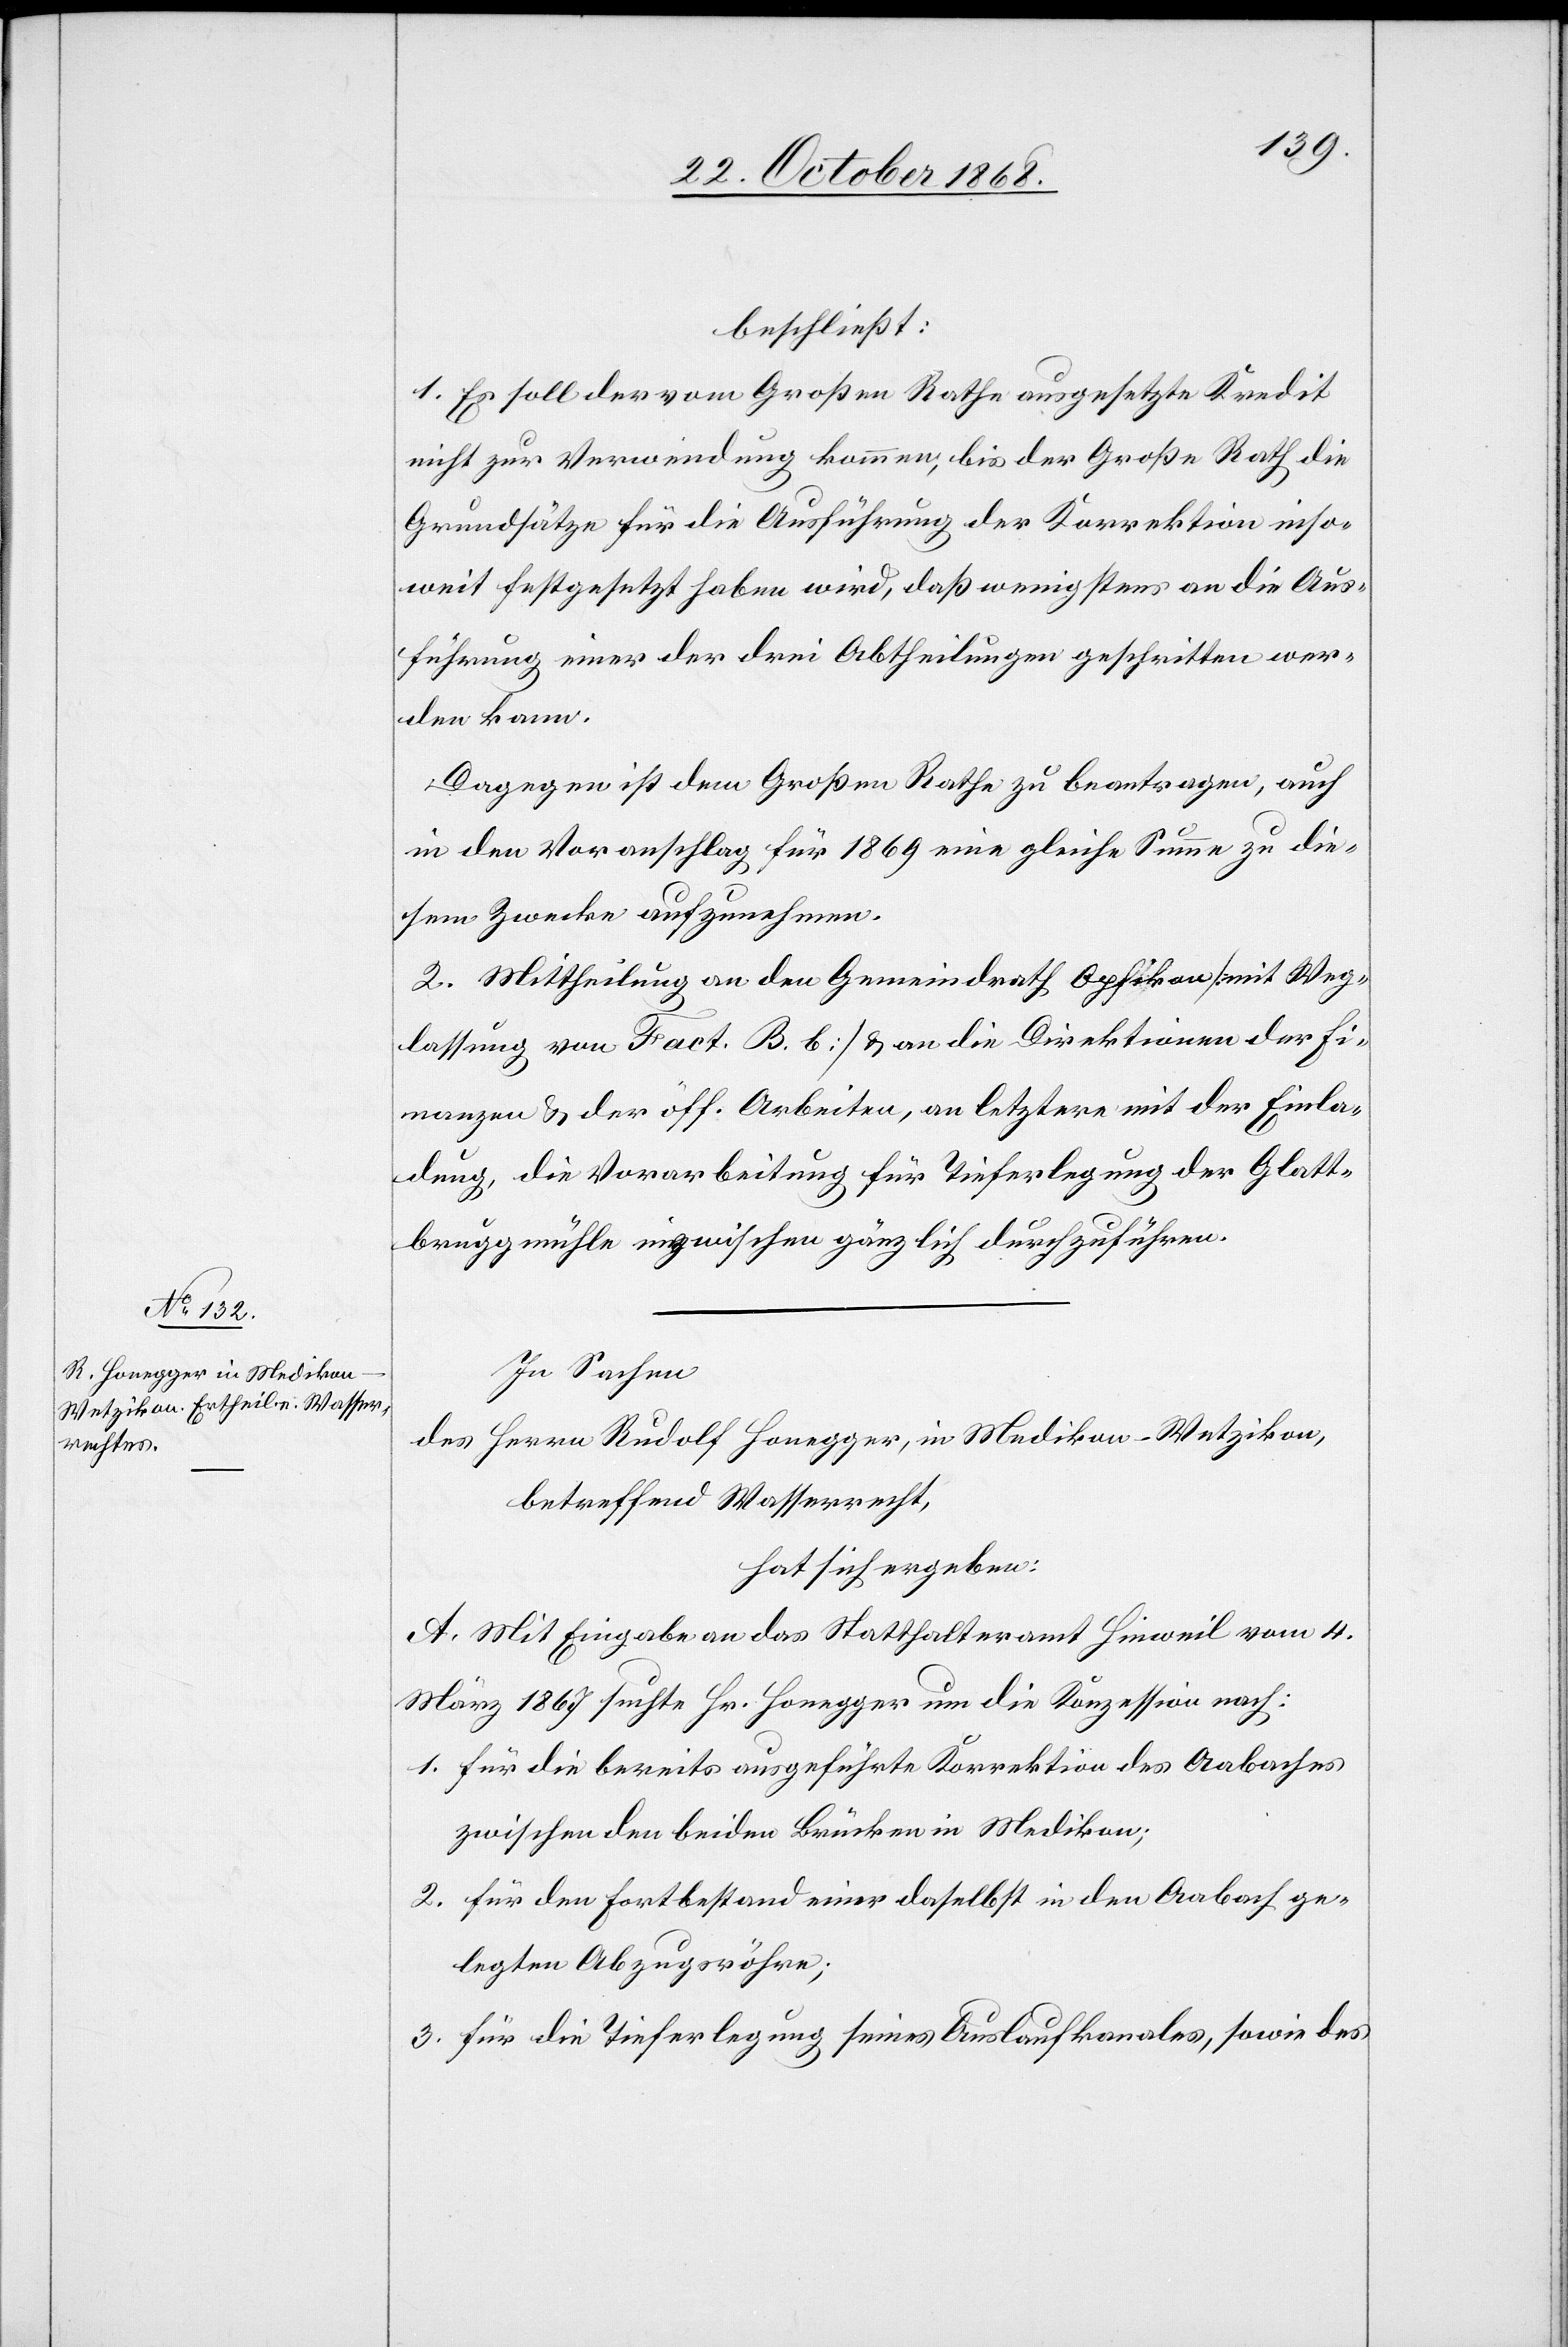
beschließt:
1. Es soll der vom Großen Rathe ausgesetzte Kredit
nicht zur Verwendung kommen, bis der Große Rath die
Grundsätze für die Ausführung der Korrektion inso¬
weit festgesetzt haben wird, daß wenigstens an die Aus¬
führung einer der drei Abtheilungen geschritten wer¬
den kann.
Dagegen ist dem Großen Rathe zu beantragen, auch
in den Voranschlag für 1869 eine gleiche Summe zu die¬
sem Zwecke aufzunehmen.
2. Mittheilung an den Gemeindrath Opfikon [mit Weg¬
lassung von Fact. B. b] & an die Direktionen der Fi¬
nanzen & der öff. Arbeiten, an letztere mit der Einla¬
dung, die Vorarbeitung [recte: Vorarbeiten] für Tieferlegung der Glatt¬
bruggmühle inzwischen gänzlich durchzuführen.
In Sachen
des Herrn Rudolf Honegger, in Medikon - Wetzikon,
betreffend Wasserrecht,
hat sich ergeben:
A. Mit Eingabe an das Statthalteramt Hinweil vom 4.
März 1867 suchte Hr. Honegger um die Konzession nach:
für die bereits ausgeführte Korrektion des Aabaches
zwischen den beiden Brücken in Medikon;
für den Fortbestand einer daselbst in den Aabach ge¬
legten Abzugsröhre;
für die Tieferlegung seines Auslaufkanales, sowie des